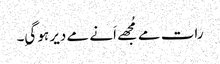
رات مے مُجھے اَنے مے دیر ہو گیِ۔